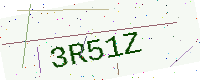
Text: 3R51Z